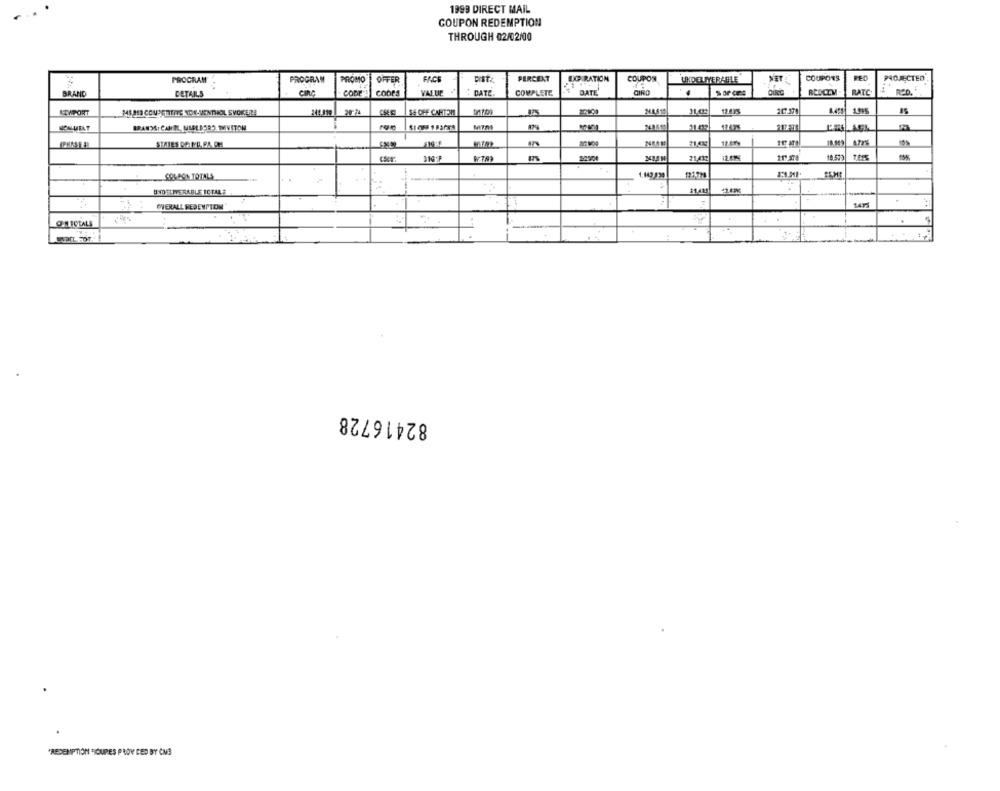
1999 DIRECT MAIL
COUPON REDEMPTION
THROUGH 02/02/00
PROGRAM
PROGRAM
OFFER
FACE
PERCENT
DC RATION
COUPON
UNDELIVERABLE
NET
COUPONS
PED
PROJECTED
BRAND
DETAILS
CIRC
coor
CODES
VALUE
DATE
COMPLETE
DATE
CINO
REDCEM
BATC
LIMPORT
MIMIS COUSCRITTE NON-MENTHOL SVOKERS
241.819
SA OFF CANTAM
MAS10
12.635
207-170
21.437
21,412
18.570
COSSON TOTALS
UNDELIVERABLE ICTALS
424PK
OVERALL REDEMPTION
CEN TOTALE
1.
82416728
"REDEMPTION TIOURES PROV CED BY CM3